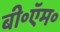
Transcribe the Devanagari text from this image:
बी॰ऍम॰